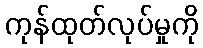
ကုန်ထုတ်လုပ်မှုကို